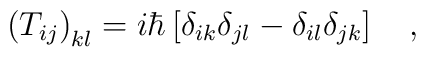
\left(T_{ij}\right)_{kl}=i\hbar\left[\delta_{ik}\delta_{jl}-\delta_{il}\delta_{jk}\right]\ \ \ ,